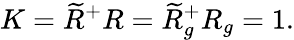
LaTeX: K=\widetilde{R}^{+}R=\widetilde{R}_{g}^{+}R_{g}=1.